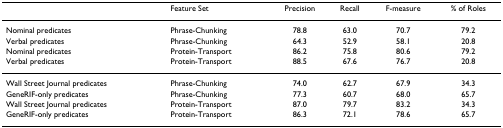
<table><thead><tr><td></td><td><b>Feature Set</b></td><td><b>Precision</b></td><td><b>Recall</b></td><td><b>F-measure</b></td><td><b>% of Roles</b></td></tr></thead><tbody><tr><td>Nominal predicates</td><td>Phrase-Chunking</td><td>78.8</td><td>63.0</td><td>70.7</td><td>79.2</td></tr><tr><td>Verbal predicates</td><td>Phrase-Chunking</td><td>64.3</td><td>52.9</td><td>58.1</td><td>20.8</td></tr><tr><td>Nominal predicates</td><td>Protein-Transport</td><td>86.2</td><td>75.8</td><td>80.6</td><td>79.2</td></tr><tr><td>Verbal predicates</td><td>Protein-Transport</td><td>88.5</td><td>67.6</td><td>76.7</td><td>20.8</td></tr><tr><td>Wall Street Journal predicates</td><td>Phrase-Chunking</td><td>74.0</td><td>62.7</td><td>67.9</td><td>34.3</td></tr><tr><td>GeneRIF-only predicates</td><td>Phrase-Chunking</td><td>77.3</td><td>60.7</td><td>68.0</td><td>65.7</td></tr><tr><td>Wall Street Journal predicates</td><td>Protein-Transport</td><td>87.0</td><td>79.7</td><td>83.2</td><td>34.3</td></tr><tr><td>GeneRIF-only predicates</td><td>Protein-Transport</td><td>86.3</td><td>72.1</td><td>78.6</td><td>65.7</td></tr></tbody></table>